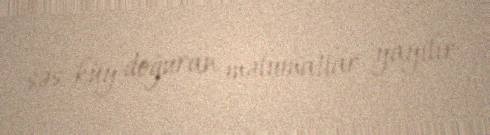
səs-küy doğuran məlumatlar yayılır.